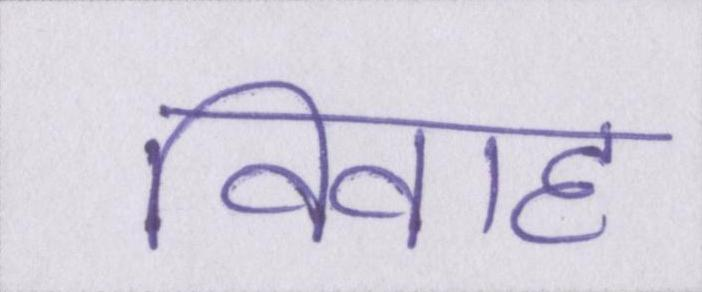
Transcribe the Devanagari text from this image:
विवाह